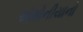
એમોનીયાનો